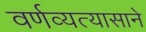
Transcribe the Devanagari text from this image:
वर्णव्यत्यासाने